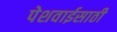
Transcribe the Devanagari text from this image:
पेशवाईसाठी